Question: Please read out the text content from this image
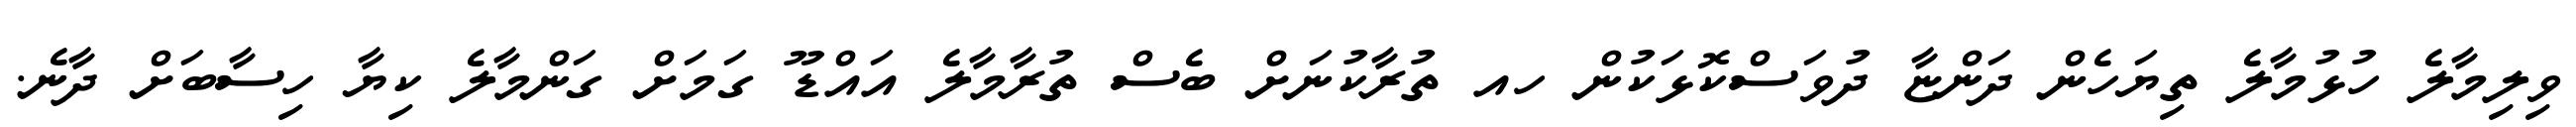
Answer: ވިލިމާލެ ހުޅުމާލެ ތިޔަހެން ދަންޏާ ދުވަސްކޮޅަކުން ހއ ތުރާކުނަށް ބެސް ތުރާމާލެ އައްޑޫ ގަމަށް ގަންމާލެ ކިޔާ ހިސާބަށް ދާނެ.